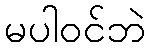
မပါဝင်ဘဲ